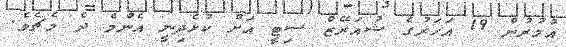
އުމުރުން 19 އަހަރުގެ ޝުއަރޭޒް ސިޓީ އަށް ކުޅެދިނީ އެންމެ ދެ މެޗެވެ.